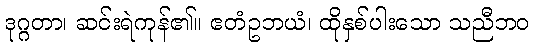
ဒုဂ္ဂတာ၊ ဆင်းရဲကုန်၏။ ဧတံဥဘယံ၊ ထိုနှစ်ပါးသော သညီဘဝ